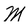
Character: M